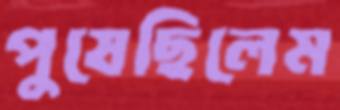
পুষেছিলেম